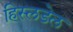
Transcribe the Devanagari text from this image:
हिस्लडेल